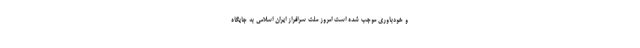
و خودباوری موجب شده است امروز ملت سرافراز ایران اسلامی به جایگاه